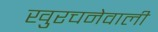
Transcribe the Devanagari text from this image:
खुरचनेवाली